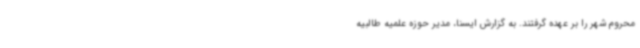
محروم شهر را بر عهده گرفتند. به گزارش ایسنا، مدیر حوزه علمیه طالبیه